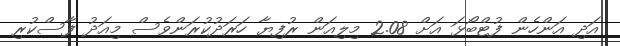
އަދި އަންހެން ފުޓްބޯޅަ އަށް 2.08 މިލިއަން ރުފިޔާ ހަރަދުކުރަންވެސް މިއަދު ފާސްކުރި